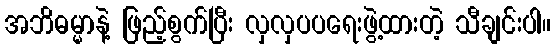
အဘိဓမ္မာနဲ့ ဖြည့်စွက်ပြီး လှလှပပရေးဖွဲ့ထားတဲ့ သီချင်းပါ။